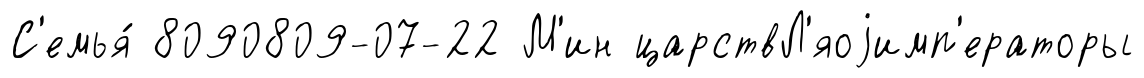
С'емья́ 8090809-07-22 М'ин царствЛ'яоjимп'ераторы